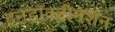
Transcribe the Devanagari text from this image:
इनडॉक्ट्रीनेशन